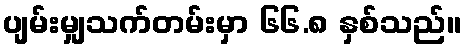
ပျမ်းမျှသက်တမ်းမှာ ၆၆.၈ နှစ်သည်။